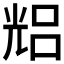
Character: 𠒦